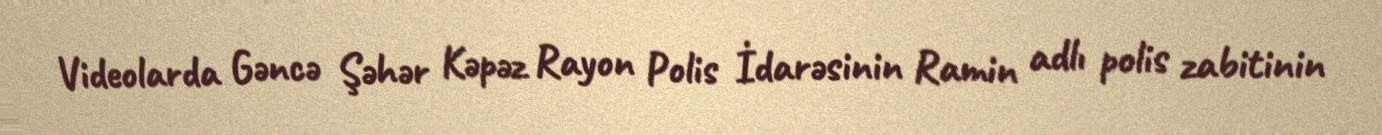
Videolarda Gəncə Şəhər Kəpəz Rayon Polis İdarəsinin Ramin adlı polis zabitinin